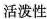
活泼性